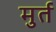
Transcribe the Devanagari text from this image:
मुर्त